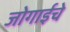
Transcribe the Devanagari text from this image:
जोगाईचे